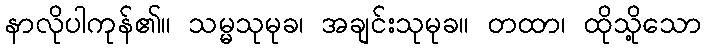
နာလိုပါကုန်၏။ သမ္မသုမုခ၊ အချင်းသုမုခ။ တထာ၊ ထိုသို့သော